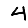
Digit: 4